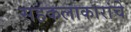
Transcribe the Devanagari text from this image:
सहकलाकारांचे